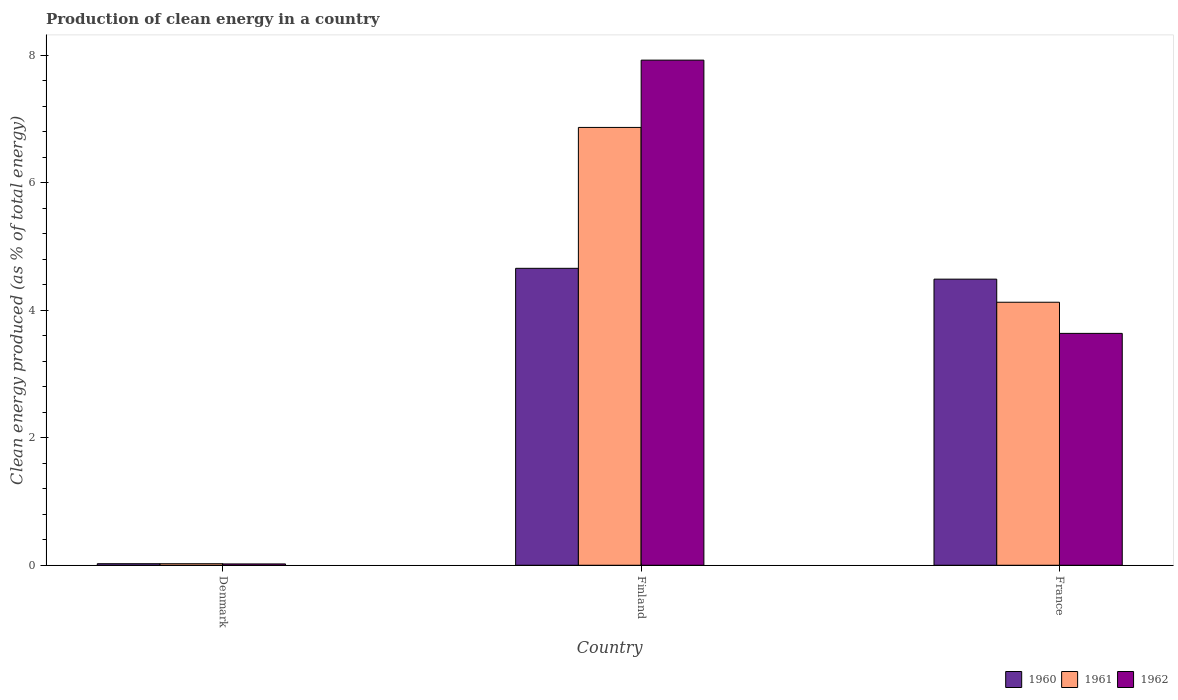
| Country | 1960 | 1961 | 1962 |
 | --- | --- | --- | --- |
 | Denmark | 0.0244 | 0.024 | 0.021 |
 | Finland | 4.66 | 6.87 | 7.92 |
 | France | 4.49 | 4.12 | 3.64 |